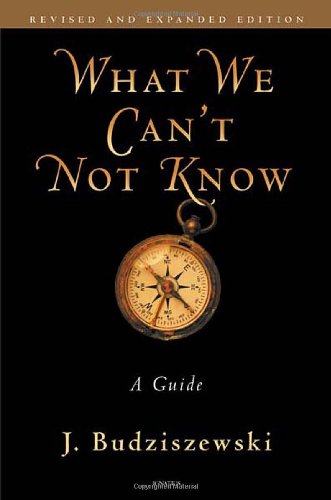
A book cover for What We Can't Not Know: A Guide; J. Budziszewski; Religion & Spirituality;